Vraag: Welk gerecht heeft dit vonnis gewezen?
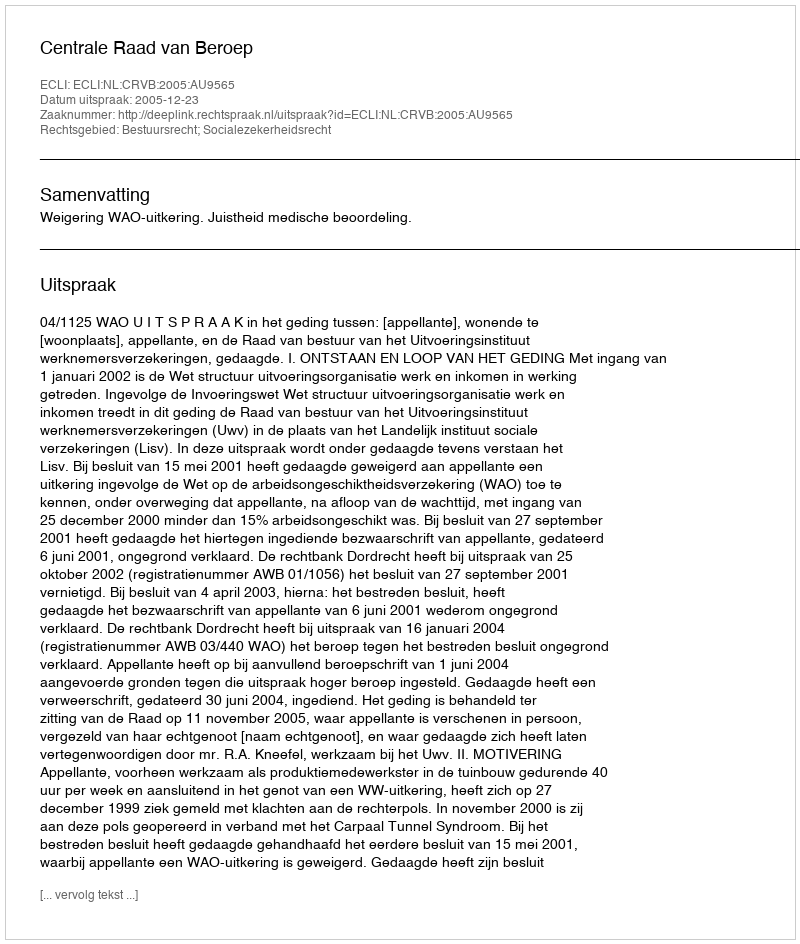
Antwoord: Centrale Raad van Beroep